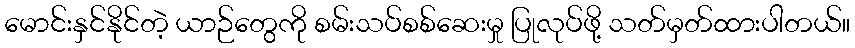
မောင်းနှင်နိုင်တဲ့ ယာဉ်တွေကို စမ်းသပ်စစ်ဆေးမှု ပြုလုပ်ဖို့ သတ်မှတ်ထားပါတယ်။